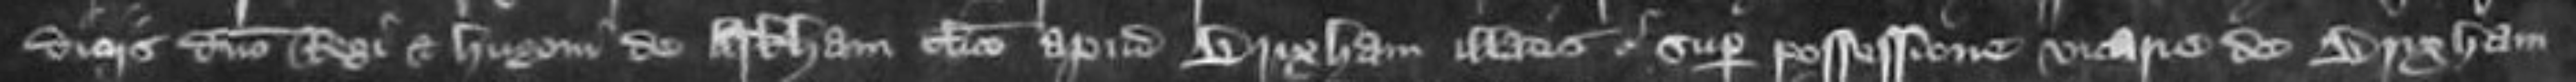
diciis domino Regi et Hugoni de Arkham clerici apud Brixham illatis super possessione vicarie de Brixham